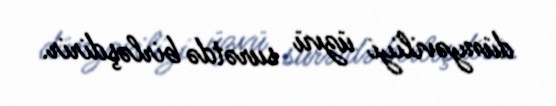
dünyəviliyi üzvü surətdə birləşdirir.